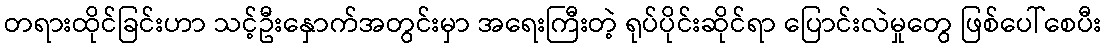
တရားထိုင်ခြင်းဟာ သင့်ဦးနှောက်အတွင်းမှာ အရေးကြီးတဲ့ ရုပ်ပိုင်းဆိုင်ရာ ပြောင်းလဲမှုတွေ ဖြစ်ပေါ်စေပီး